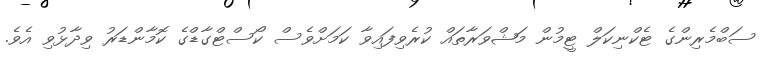
ސަބްމެރިންގެ ޓެކްނިކަލް ޓީމުން މަޝްވަރާތައް ކުރެވިފައިވާ ކަމަށްވެސް ކޯސްޓްގާޑްގެ ކޮމާންޑަރު ވިދާޅުވި އެވެ.